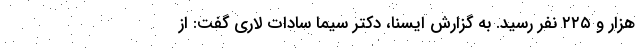
هزار و ۲۲۵ نفر رسید. به گزارش ایسنا، دکتر سیما سادات لاری گفت: از